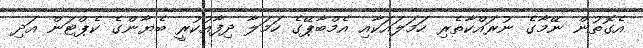
އެގޮތުން ނޭމާގެ ނުރައްކާތެރި ހަމަލައަކާއި އެމްބާޕޭގެ ހަމަލާ ދިފާއުކުރީ ބެޔާންގެ ކެޕްޓަން އަދި